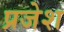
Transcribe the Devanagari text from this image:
प्रजेश